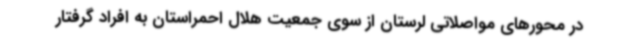
در محورهای مواصلاتی لرستان از سوی جمعیت هلال احمراستان به افراد گرفتار